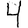
Digit: 4